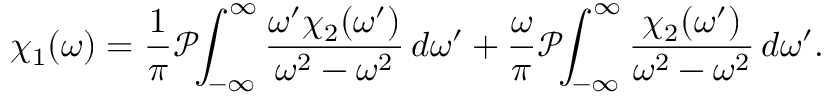
\chi _ { 1 } ( \omega ) = { \frac { 1 } { \pi } } { \mathcal { P } } \! \! \int _ { - \infty } ^ { \infty } { \frac { \omega ^ { \prime } \chi _ { 2 } ( \omega ^ { \prime } ) } { \omega ^ { 2 } - \omega ^ { 2 } } } \, d \omega ^ { \prime } + { \frac { \omega } { \pi } } { \mathcal { P } } \! \! \int _ { - \infty } ^ { \infty } { \frac { \chi _ { 2 } ( \omega ^ { \prime } ) } { \omega ^ { 2 } - \omega ^ { 2 } } } \, d \omega ^ { \prime } .